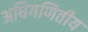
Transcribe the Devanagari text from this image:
अधिगणितीय